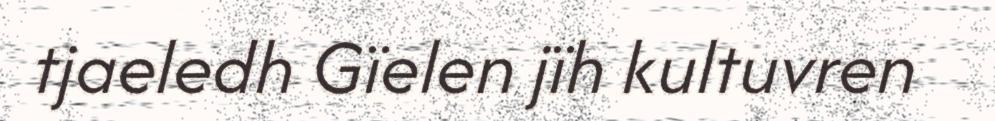
tjaeledh Gïelen jïh kultuvren